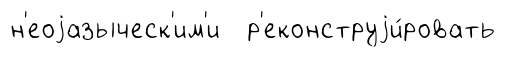
н'еоjазыческ'им'и р'еконструjи́ровать